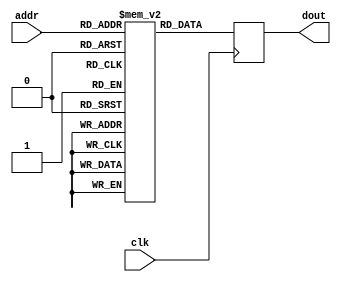
module rom_64x8 (
    input  wire clk,
    input  wire [5:0] addr,
    output reg [7:0] dout
);

reg [7:0] rom_memory [63:0];

integer i;
initial begin
    for (i = 0; i < 64; i = i + 1) begin
        rom_memory[i] = i;
    end
end

always @(posedge clk) begin
    dout <= rom_memory[addr];
end
endmodule

module rom_64x8_tb;

    reg clk;
    reg [5:0] addr;
    wire [7:0] dout; 

    rom_64x8 rom_inst (
    .clk(clk),
    .addr(addr),
    .dout(dout)
    );

    always #5 clk = ~clk;
    integer i;
    initial begin
        clk = 0;
        addr = 0; 
        for (i = 0; i < 64; i = i + 1) begin
            addr = i;
            #10;
            $display("At Time :%0t  Address is : %h,  Data is : %h",$time-10, addr, dout);
        end
        $finish; 
    end
endmodule